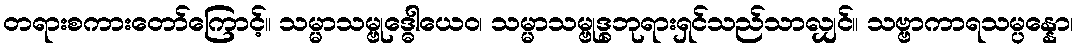
တရားစကားတော်ကြောင့်။ သမ္မာသမ္ဗုဒ္ဓေါယေဝ၊ သမ္မာသမ္ဗုဒ္ဓဘုရားရှင်သည်သာလျှင်။ သဗ္ဗာကာရသမ္ပန္နော၊